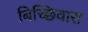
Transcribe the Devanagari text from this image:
बिच्छिवारा